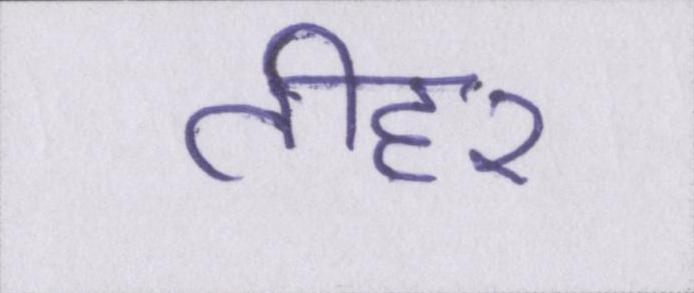
तीहरा